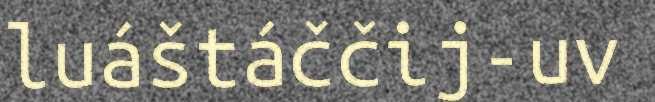
luáštáččij-uv